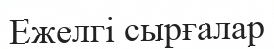
Ежелгі сырғалар